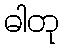
ဓါတု